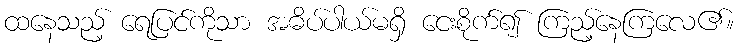
ထနေသည့် ရေပြင်ကိုသာ အဓိပ်ပာယ်မရှိ ငေးစိုက်၍ ကြည့်နေကြလေ၏။